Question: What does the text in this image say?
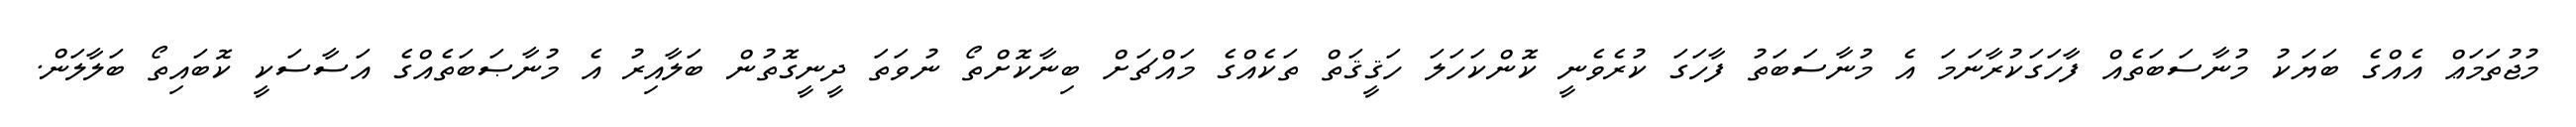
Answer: މުޖުތަމަޢް އެއްގެ ބަޔަކު މުނާސަބަތެއް ފާހަގަކުރާނަމަ އެ މުނާސަބަތު ފާހަގަ ކުރެވެނީ ކޮންކަހަލަ ހަޤީޤަތް ތަކެއްގެ މައްޗަށް ބިނާކޮށްތޯ ނުވަތަ ދީނީގޮތުން ބަލާއިރު އެ މުނާޞަބަތެއްގެ އަސާސަކީ ކޮބައިތޯ ބަލާލަން.